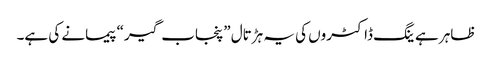
ظاہر ہے ینگ ڈاکٹروں کی یہ ہڑتال ”پنجاب گیر“ پیمانے کی ہے۔